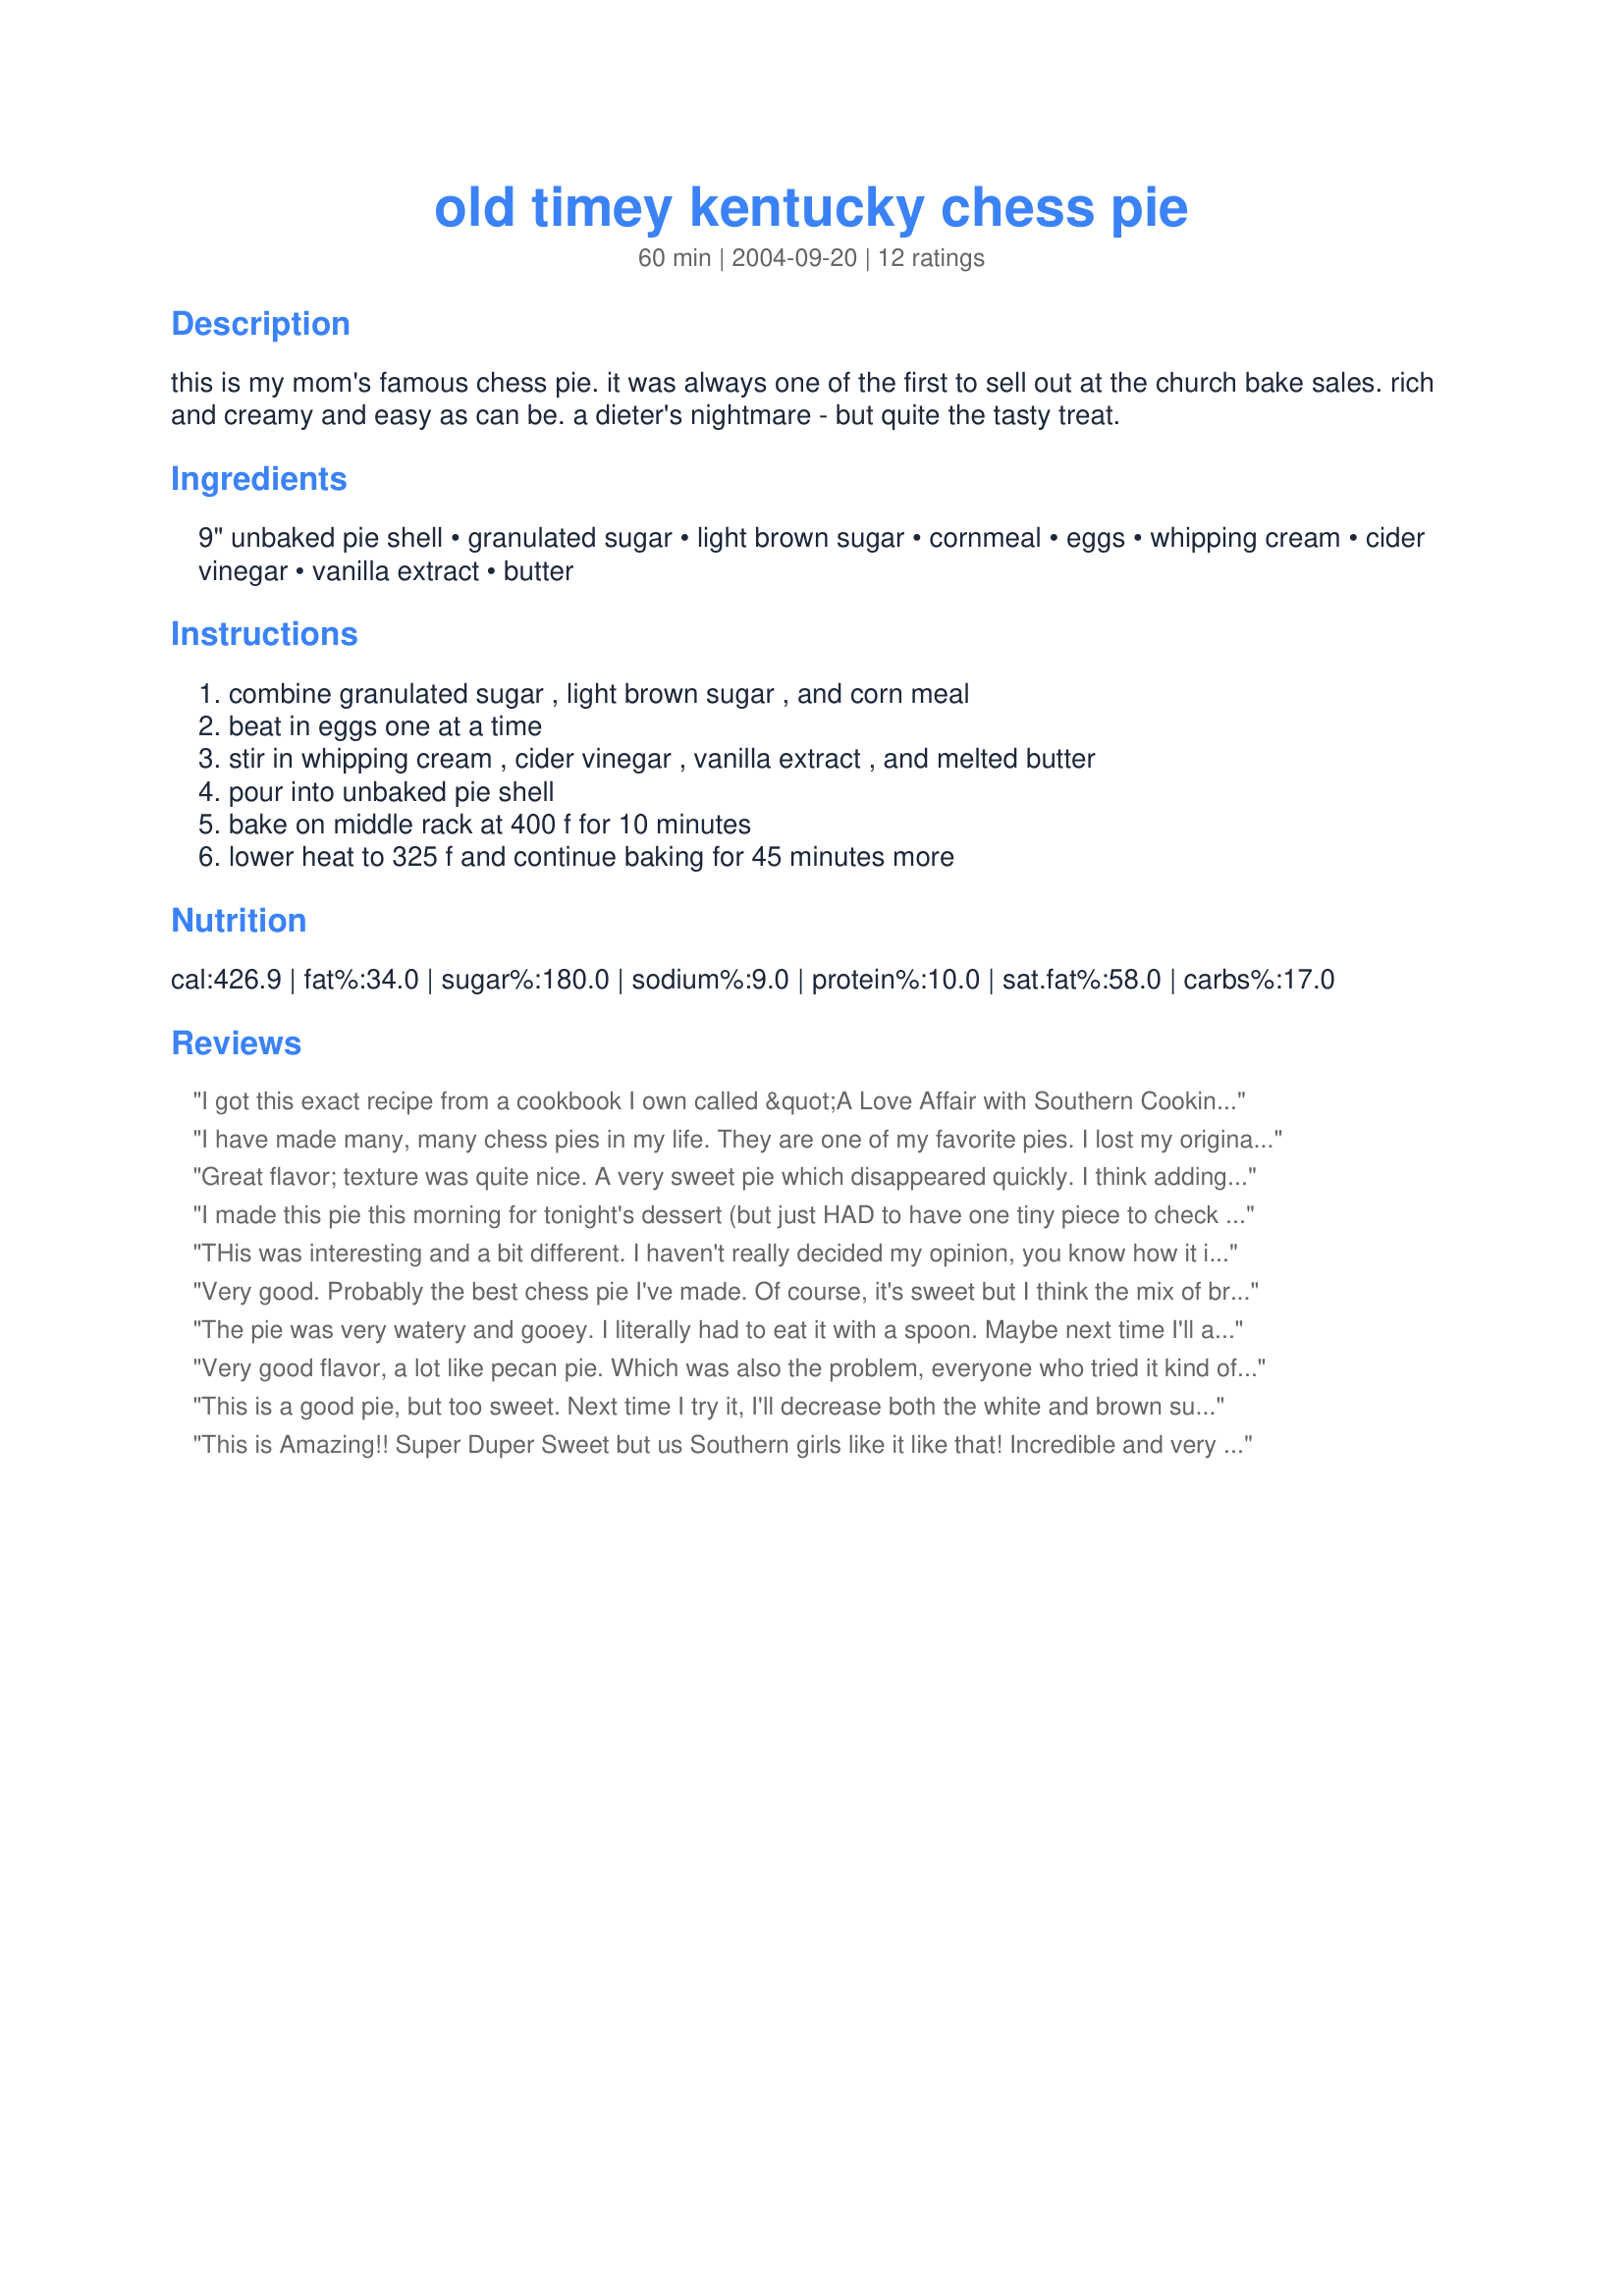
old timey kentucky chess pie
Preparation time: 60 minutes

this is my mom's famous chess pie. it was always one of the first to sell out at the church bake sales. rich and creamy and easy as can be. a dieter's nightmare - but quite the tasty treat.

Ingredients:
9" unbaked pie shell, granulated sugar, light brown sugar, cornmeal, eggs, whipping cream, cider vinegar, vanilla extract, butter

Steps:
combine granulated sugar , light brown sugar , and corn meal, beat in eggs one at a time, stir in whipping cream , cider vinegar , vanilla extract , and melted butter, pour into unbaked pie shell, bake on middle rack at 400 f for 10 minutes, lower heat to 325 f and continue baking for 45 minutes more

Reviews:
I got this exact recipe from a cookbook I own called &quot;A Love Affair with Southern Cooking&quot; by Jean Anderson. The recipe is originally from Kentucky&#039;s Talbott Tavern in Bardstown and dates back to 1779. I made it (in a homemade crust) and brought it to a Pi day celebration and it was a huge hit. Not overly sweet, beautifully custardy and looks beautiful with the cornmeal rising to the top and toasting. Delicious.
I have made many, many chess pies in my life. They are one of my favorite pies. I lost my original recipe and tried this one. Holy moly! I followed the directions exactly (with the exception of me making my own pie crust). When the pie came out of of the oven, it took eight full paper towels to sop up the butter that was swimming on top. It was rich and waaaay to sweet. So sweet that it was almost gritty. It was like a poorly made pecan pie...minus the pecans. Oh... When the pie is refrigerated... It tastes like you&#039;ve dipped a stick of butter in brown suger. Never again.
Great flavor; texture was quite nice. A very sweet pie which disappeared quickly. I think adding chopped pecans would be a very nice addition the next time I make this. Thanks for posting Lizzie!
I made this pie this morning for tonight's dessert (but just HAD to have one tiny piece to check it out). I certainly can see why this pie sells out right away at the Church bake sale. I think it is the best I have ever had. Quick and easy to prepare too. Thanks so much, Lizzie Abney, for sharing this. :)

THis was interesting and a bit different. I haven't really decided my opinion, you know how it is when you try something completely different. I'm definately going to try it again and see where I go. Congrats on the football pool win and Thanks for sharing.
Very good. Probably the best chess pie I've made. Of course, it's sweet but I think the mix of brown and white makes it just the right sweetness. I cooked the recommended time and then turned off the oven, opened the door and let the pie sit for about 10 minutes in the oven and it helped it to set perfectly. Thanks for the recipe!
The pie was very watery and gooey. I literally had to eat it with a spoon. Maybe next time I'll add more cornmeal or add flour as I've seen in other recipes.
Very good flavor, a lot like pecan pie. Which was also the problem, everyone who tried it kind of expected there to be pecans inside. Without the nuts it feels like it is missing something. Still tastes really good though.
This is a good pie, but too sweet. Next time I try it, I'll decrease both the white and brown sugar. It is very similar to pecan pie with out the nuts.
This is Amazing!! Super Duper Sweet but us Southern girls like it like that! Incredible and very easy!
Wonderful! Chess pie has a buttery, caramel sweet filling and this is exactly how it should be. Adding nuts would just not be right! :) My kids devoured this pie in no time but I did manage to get one piece. Used half and half instead of whipping cream cause whipping cream was not available. Thanks to you and your mom for sharing the recipe! Made for PAC Fall 2008.
Made this for my hubby. Turned out very nicely.
